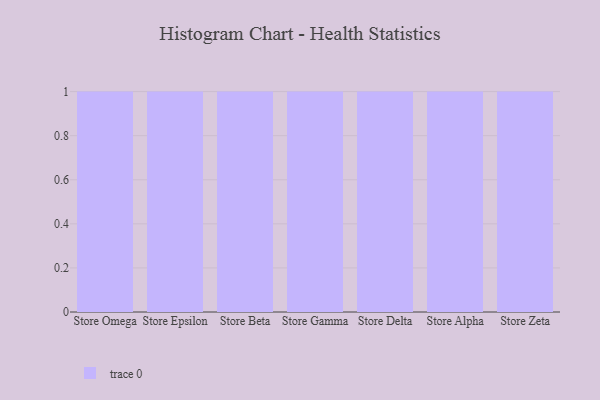
{"axis": {"x": "Store", "y": "Humidity (%)"}, "legend": [""], "data": [{"x": "Store Omega", "y": 87, "type": ""}, {"x": "Store Epsilon", "y": 55, "type": ""}, {"x": "Store Beta", "y": 8, "type": ""}, {"x": "Store Gamma", "y": 37, "type": ""}, {"x": "Store Delta", "y": 59, "type": ""}, {"x": "Store Alpha", "y": 41, "type": ""}, {"x": "Store Zeta", "y": 4, "type": ""}]}